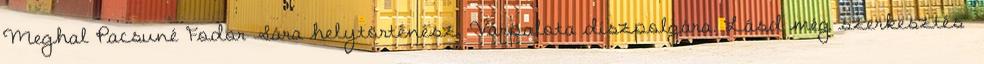
Meghal Pacsuné Fodor Sára helytörténész, Várpalota díszpolgára. Lásd még szerkesztés